Vaccination in the Punjab 1867-1880 - 1867-1880
Year: 1867
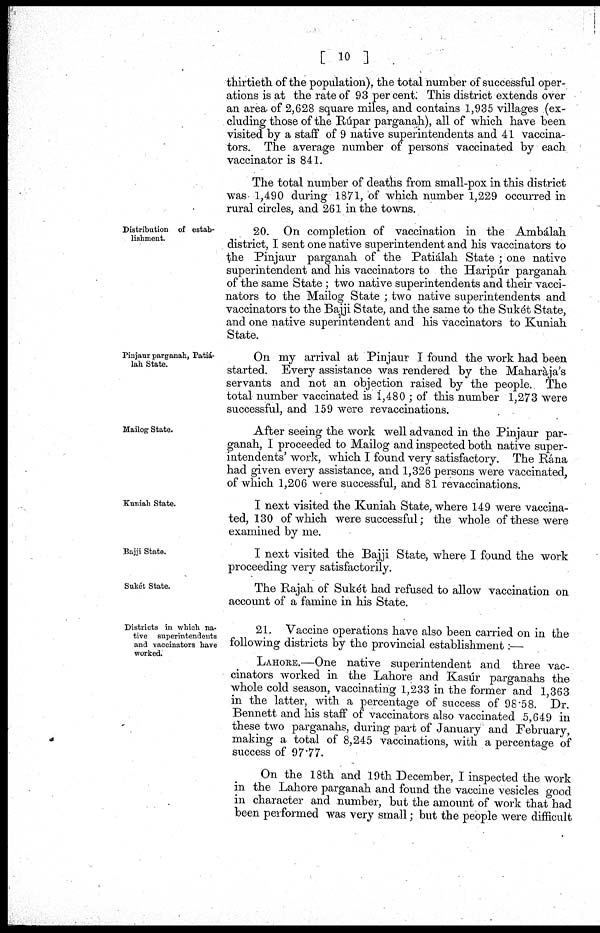
[ 10 ]
thirtieth of the population), the total number of successful oper-
ations is at the rate of 93 per cent. This district extends over
an area of 2,628 square miles, and contains 1,935 villages (ex¬
cluding those of the Rúpar parganah), all of which have been
visited by a staff of 9 native superintendents and 41 vaccina¬-
tors. The average number of persons vaccinated by each
vaccinator is 841.
The total number of deaths from small-pox in this district
was 1,490 during 1871, of which number 1,229 occurred in
rural circles, and 261 in the towns.
Distribution of estab¬
lishment.
20. On completion of vaccination in the Ambálah
district, I sent one native superintendent and his vaccinators to
the Pinjaur parganah of the Patiálah State ; one native
superintendent and his vaccinators to the Haripúr parganah
of the same State ; two native superintendents and their vacci-
nators to the Mailog State ; two native superintendents and
vaccinators to the Bajji State, and the same to the Sukét State,
and one native superintendent and his vaccinators to Kuniah
State.
Pinjaur parganah, Patiá-
lah State.
On my arrival at Pinjaur I found the work had been
started. Every assistance was rendered by the Maharàja's
servants and not an objection raised by the people. The
total number vaccinated is 1,480 ; of this number 1,273 were
successful, and 159 were revaccinations.
Mailog State.
After seeing the work well advancd in the Pinjaur par-
ganah, I proceeded to Mailog and inspected both native super¬
intendents' work, which I found very satisfactory. The Rána
had given every assistance, and 1,326 persons were vaccinated,
of which 1,206 were successful, and 81 revaccinations.
Kuniah State.
I next visited the Kuniah State, where 149 were vaccina¬
ted, 130 of which were successful; the whole of these were
examined by me.
Bajji State.
I next visited the Bajji State, where I found the work
proceeding very satisfactorily.
Sukét State.
The Rajah of Sukét had refused to allow vaccination on
account of a famine in his State.
Districts in which na¬
tive superintendents
and vaccinators have
worked.
21. Vaccine operations have also been carried on in the
following districts by the provincial establishment:—
LAHORE.—One native superintendent and three vac¬
cinators worked in the Lahore and Kasúr parganahs the
whole cold season, vaccinating 1,233 in the former and 1,363
in the latter, with a percentage of success of 98.58. Dr.
Bennett and his staff of vaccinators also vaccinated 5,649 in
these two parganahs, during part of January and February,
making a total of 8,245 vaccinations, with a percentage of
success of 97.77.
On the 18th and 19th December, I inspected the work
in the Lahore parganah and found the vaccine vesicles good
in character and number, but the amount of work that had
been performed was very small; but the people were difficult